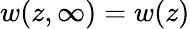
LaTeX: w(z,\infty)=w(z)